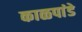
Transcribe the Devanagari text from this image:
काळपांडे